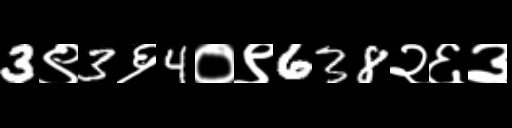
Text: 3९3६4०९638२६३